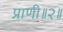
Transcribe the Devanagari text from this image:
प्राणी॥२॥